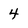
Character: 4